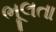
ભૂલતા